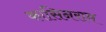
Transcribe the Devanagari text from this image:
कासिनराम